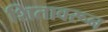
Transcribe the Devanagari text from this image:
शितावरून